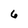
Character: 6